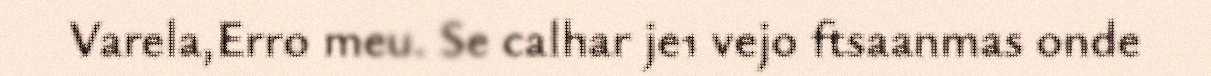
Varela,Erro meu. Se calhar je1 vejo ftsaanmas onde